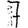
Digit: 7